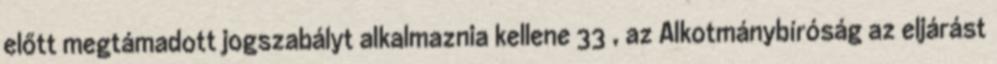
előtt megtámadott jogszabályt alkalmaznia kellene 33 , az Alkotmánybíróság az eljárást